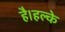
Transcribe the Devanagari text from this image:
है।हल्के